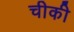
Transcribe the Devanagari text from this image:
चीकी